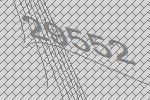
29552